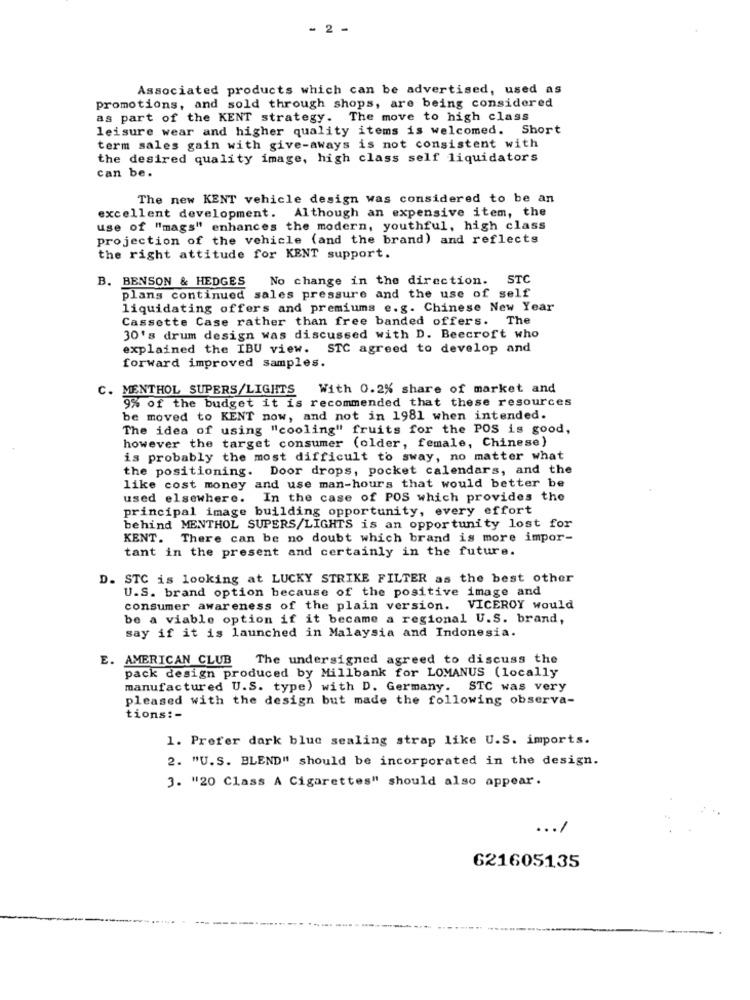
- 2 -
Associated products which can be advertised, used as
promotions, and sold through shops, are being considered
as part of the KENT strategy. The move to high class
leisure wear and higher quality items is welcomed. Short
term sales gain with give-aways is not consistent with
the desired quality image, high class self liquidators
can be.
The new KENT vehicle design was considered to be an
excellent development. Although an expensive item, the
use of "mags" enhances the modern, youthful, high class
Projection of the vehicle (and the brand) and reflects
the right attitude for KENT support.
B. BENSON & HEDGES
No change in the direction. STC
plans continued sales pressure and the use of self
liquidating offers and premiums e.g. Chinese New Year
Cassette Case rather than free banded offers. The
30's drum design was discussed with D. Beecroft who
explained the IBU view. STC agreed to develop and
forward improved samples.
c.
MENTHOL SUPERS/LIGHTS With 0.2% share of market and
9% of the budget it is recommended that these resources
be moved to KENT now, and not in 1981 when intended.
The idea of using "cooling" fruits for the POS is good,
however the target consumer (older, female, Chinese)
is probably the most difficult to sway, no matter what
the positioning. Door drops, pocket calendars, and the
like cost money and use man-hours that would better be
used elsewhere. In the case of POS which provides the
principal image building opportunity, every effort
behind MENTHOL SUPERS/LIGHTS is an opportunity lost for
KENT. There can be no doubt which brand is more impor-
tant in the present and certainly in the future.
D. STC is looking at LUCKY STRIKE FILTER as the best other
U.S. brand option because of the positive image and
consumer awareness of the plain version. VICEROY would
be a viable option if it became a regional U.S. brand,
say if it is launched in Malaysia and Indonesia.
E. AMERICAN CLUB The undersigned agreed to discuss the
pack design produced by Millbank for LOMANUS (locally
manufactured U.S. type) with D. Germany. STC was very
pleased with the design but made the following observa-
tions: -
1. Prefer dark blue sealing strap like U.S. imports.
2. "U.S. BLEND" should be incorporated in the design.
3. "20 Class A Cigarettes" should also appear.
... /
621605135